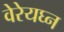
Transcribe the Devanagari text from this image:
वेरेयघ्न